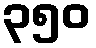
၃၅၀